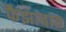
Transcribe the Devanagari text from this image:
फैझाबात